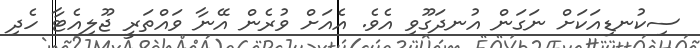
ސިކުނޑިއަކަށް ނަގަން އުނދަގޫވި އެވެ. އެއަށް ވުރެން އޭނާ ވައްތަރީ ޖޫލިއެޓާ ހެދި